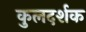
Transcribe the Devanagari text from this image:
कुलदर्शक